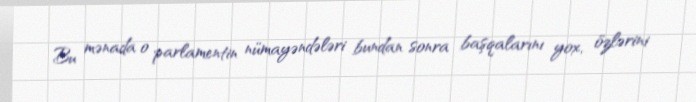
Bu mənada o parlamentin nümayəndələri bundan sonra başqalarını yox, özlərini